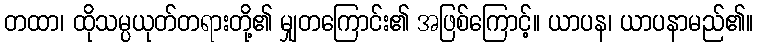
တထာ၊ ထိုသမ္ပယုတ်တရားတို့၏ မျှတကြောင်း၏ အဖြစ်ကြောင့်။ ယာပန၊ ယာပနာမည်၏။